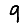
Digit: 9